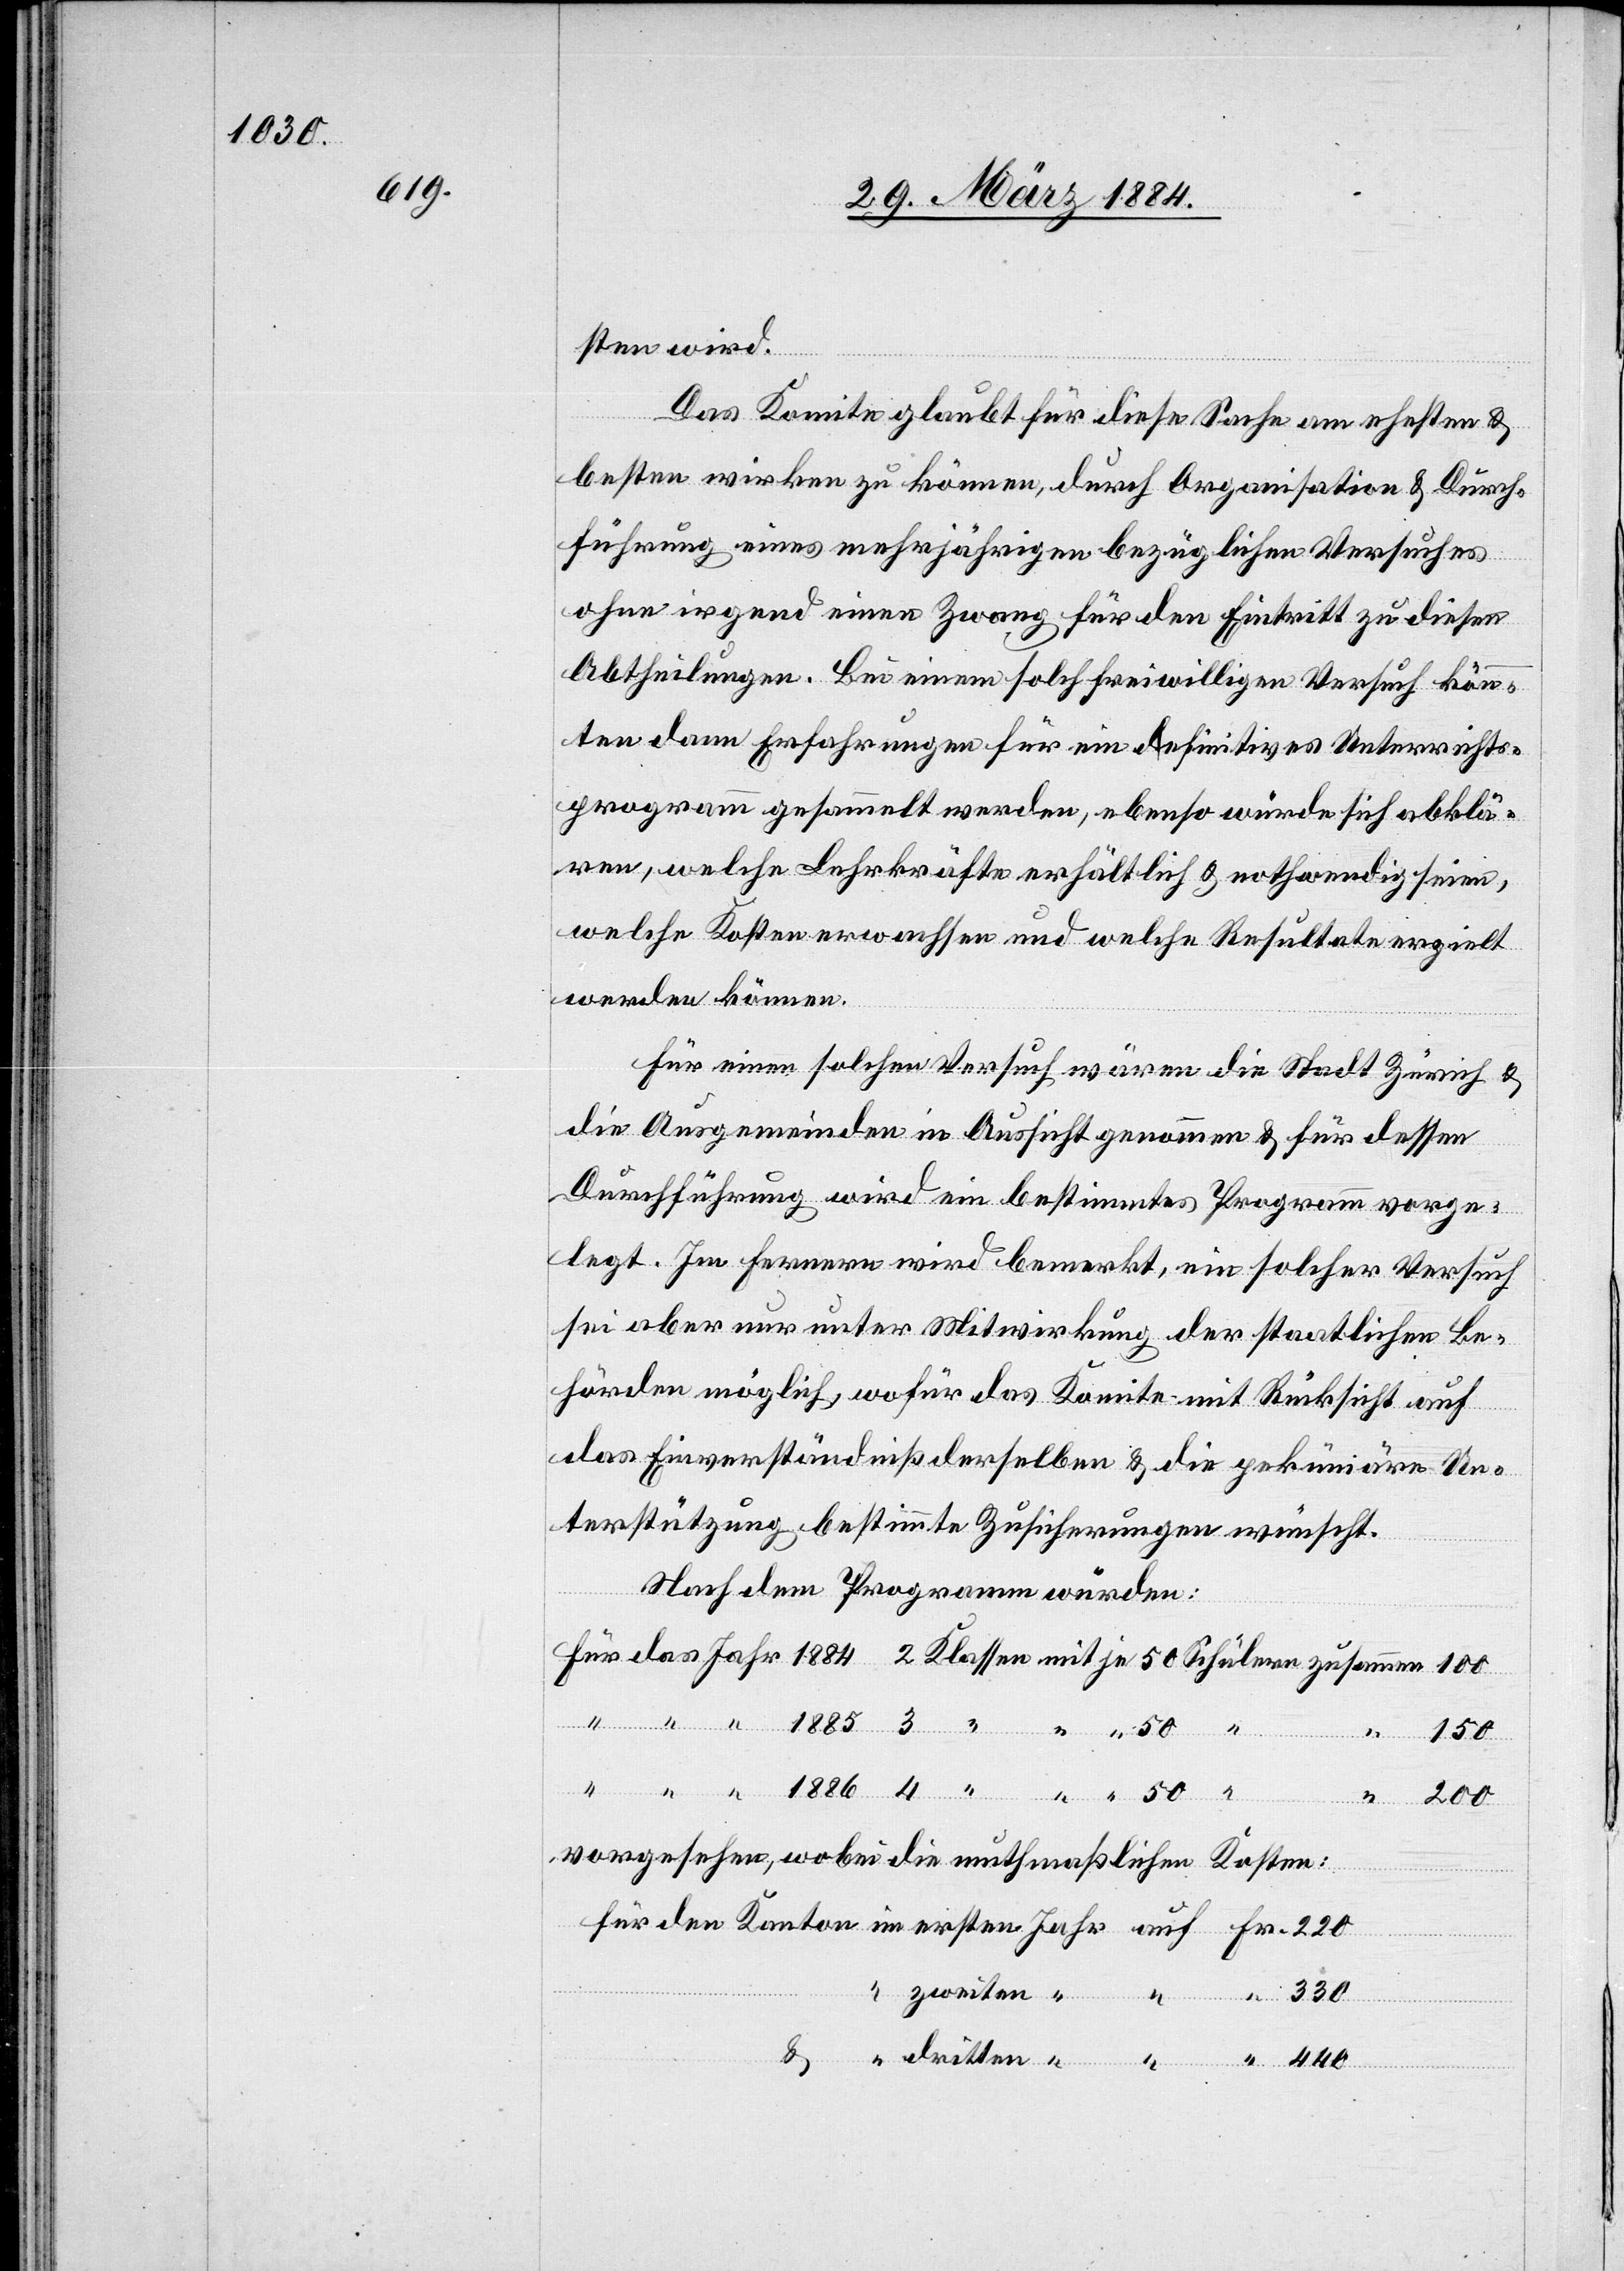
sten wird.
“
Das Komite glaubt für diese Sache am ehesten &
besten wirken zu können, durch Organisation & Durch¬
führung eines mehrjährigen bezüglichen Versuches
ohne irgend einen Zwang für den Eintritt zu diesen
Abtheilungen. Bei einem solch freiwilligen Versuch könn¬
ten dann Erfahrungen für ein definitives Unterrichts¬
programm gesammelt werden, ebenso würde sich abklä¬
ren, welche Lehrkräfte erhältlich & nothwendig seien,
welche Kosten erwachsen und welche Resultate erzielt
werden können.
Für einen solchen Versuch wären die Stadt Zürich &
die Ausgemeinden in Aussicht genommen & für dessen
Durchführung wird ein bestimmtes Programm vorge¬
legt. Im Fernern wird bemerkt, ein solcher Versuch
sei aber nur unter Mitwirkung der staatlichen Be¬
hörden möglich, wofür das Komite mit Rücksicht auf
das Einverständniß derselben & die pekuniäre Un¬
terstützung bestimmte Zusicherungen wünscht.
Nach dem Programm würden:
vorgesehen, wobei die muthmaßlichen Kosten:
4
zweiten
330
dritten
“